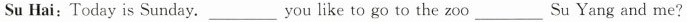
Su Hai:Today is Sunday.___ You like to go to the zoo___ Su Yang and me?